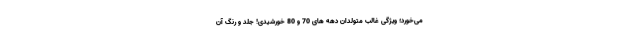
می‌خورد؛ ویژگی غالب متولدان دهه های 70 و 80 خورشیدی! جلد و رنگ آن